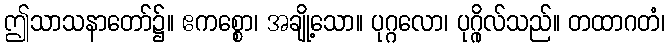
ဤသာသနာတော်၌။ ဧကစ္စော၊ အချို့သော။ ပုဂ္ဂလော၊ ပုဂ္ဂိုလ်သည်။ တထာဂတံ၊